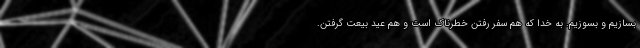
بسازیم و بسوزیم. به خدا که هم سفر رفتن خطرناک است و هم عید بیعت گرفتن.